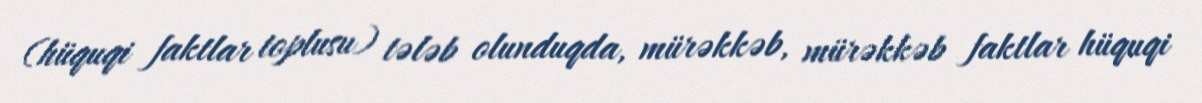
(hüquqi faktlar toplusu) tələb olunduqda, mürəkkəb, mürəkkəb faktlar hüquqi